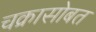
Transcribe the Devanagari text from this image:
चक्रासोबत